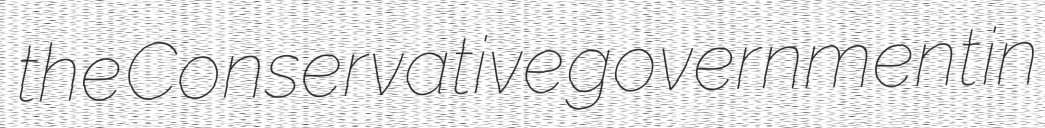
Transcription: the Conservative government in